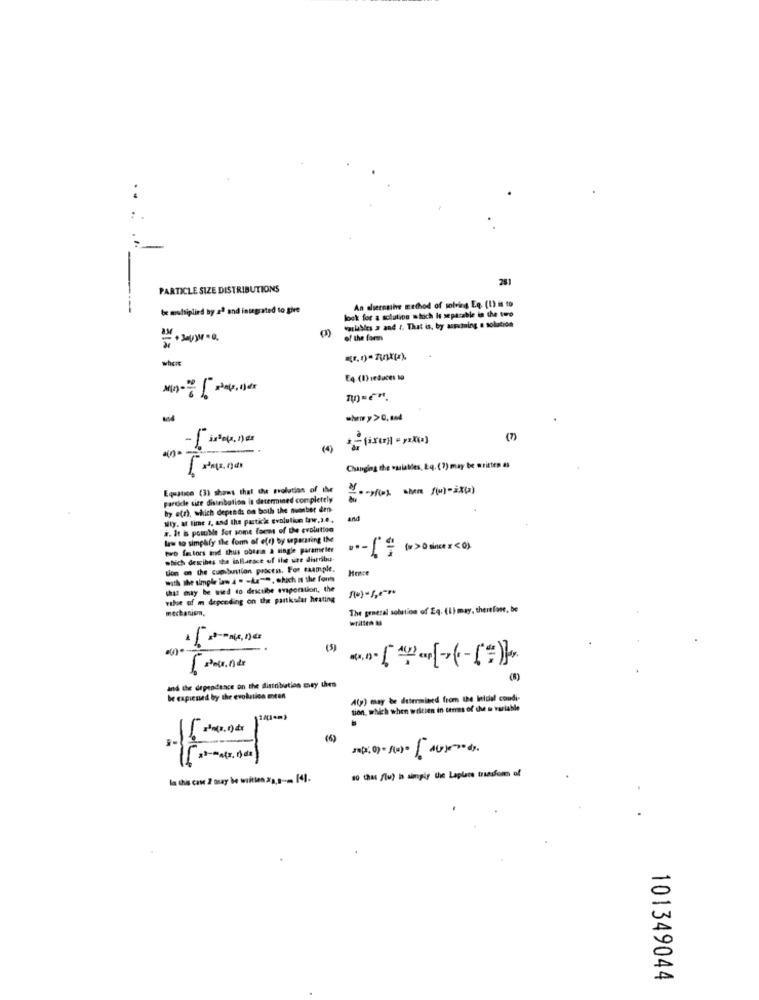
..
PARTICLE SIZE DISTRIBUTIONS
---
be multiplied by .2ª and integrated to give
An diernathe method of solving EQ. (1) is to
lock for a solution which Is separable in the ture
variables 2 and r. That is, by assuming a solution
of the form
=17
E4 (1) reduces 10
-
(7)
Changing the ouialles, Eq. (?) may be written as
Equalice (3) shows that the evolution of the
Fardicle site distribution is determined completely
by etr), which depends on both the number den-
Mity, at time a, and the partick evolution taw,I.e.
and
#. It is pomibe for some form of the evolution
law to simplify the form of efr) by separating IM
two factors and thus obten a single parameter
which desihes the inflarace of the wire distribu-
tion on the cumbantion practis. For example.
with the simple law 4 . - Ae-e. which is the font
that may be used to dextibe evaporation, the
vilse of m depending on the partkalur heating
mechanism.
The general solution of Eq. (I) may, therefore, be
written &
(5)
(8)
and the dependence on the distribution mey thes
be expressed by the evolution meen
A(y) may be determined from the Ietdal condi-
tion, which when written in cemes of the u variable
-
-
la the case 2 may be written 2:3,8 -- [4].
10 tha flu) h simply the Laplace transform of
101349044